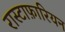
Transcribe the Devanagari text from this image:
रास्टाफ़ारियन